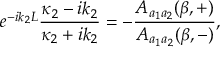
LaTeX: e ^ { - i k _ { 2 } L } \frac { \kappa _ { 2 } - i k _ { 2 } } { \kappa _ { 2 } + i k _ { 2 } } = - \frac { A _ { a _ { 1 } a _ { 2 } } ( \beta , + ) } { A _ { a _ { 1 } a _ { 2 } } ( \beta , - ) } ,